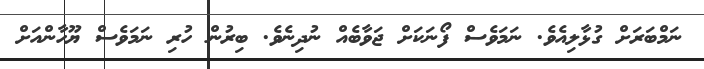
ނަމްބަރަށް ގުޅާލިއެވެ. ނަމަވެސް ފޯނަކަށް ޖަވާބެއް ނުދިނެވެ. ބިރުން ހުރި ނަމަވެސް ޔޫހާންއަށް